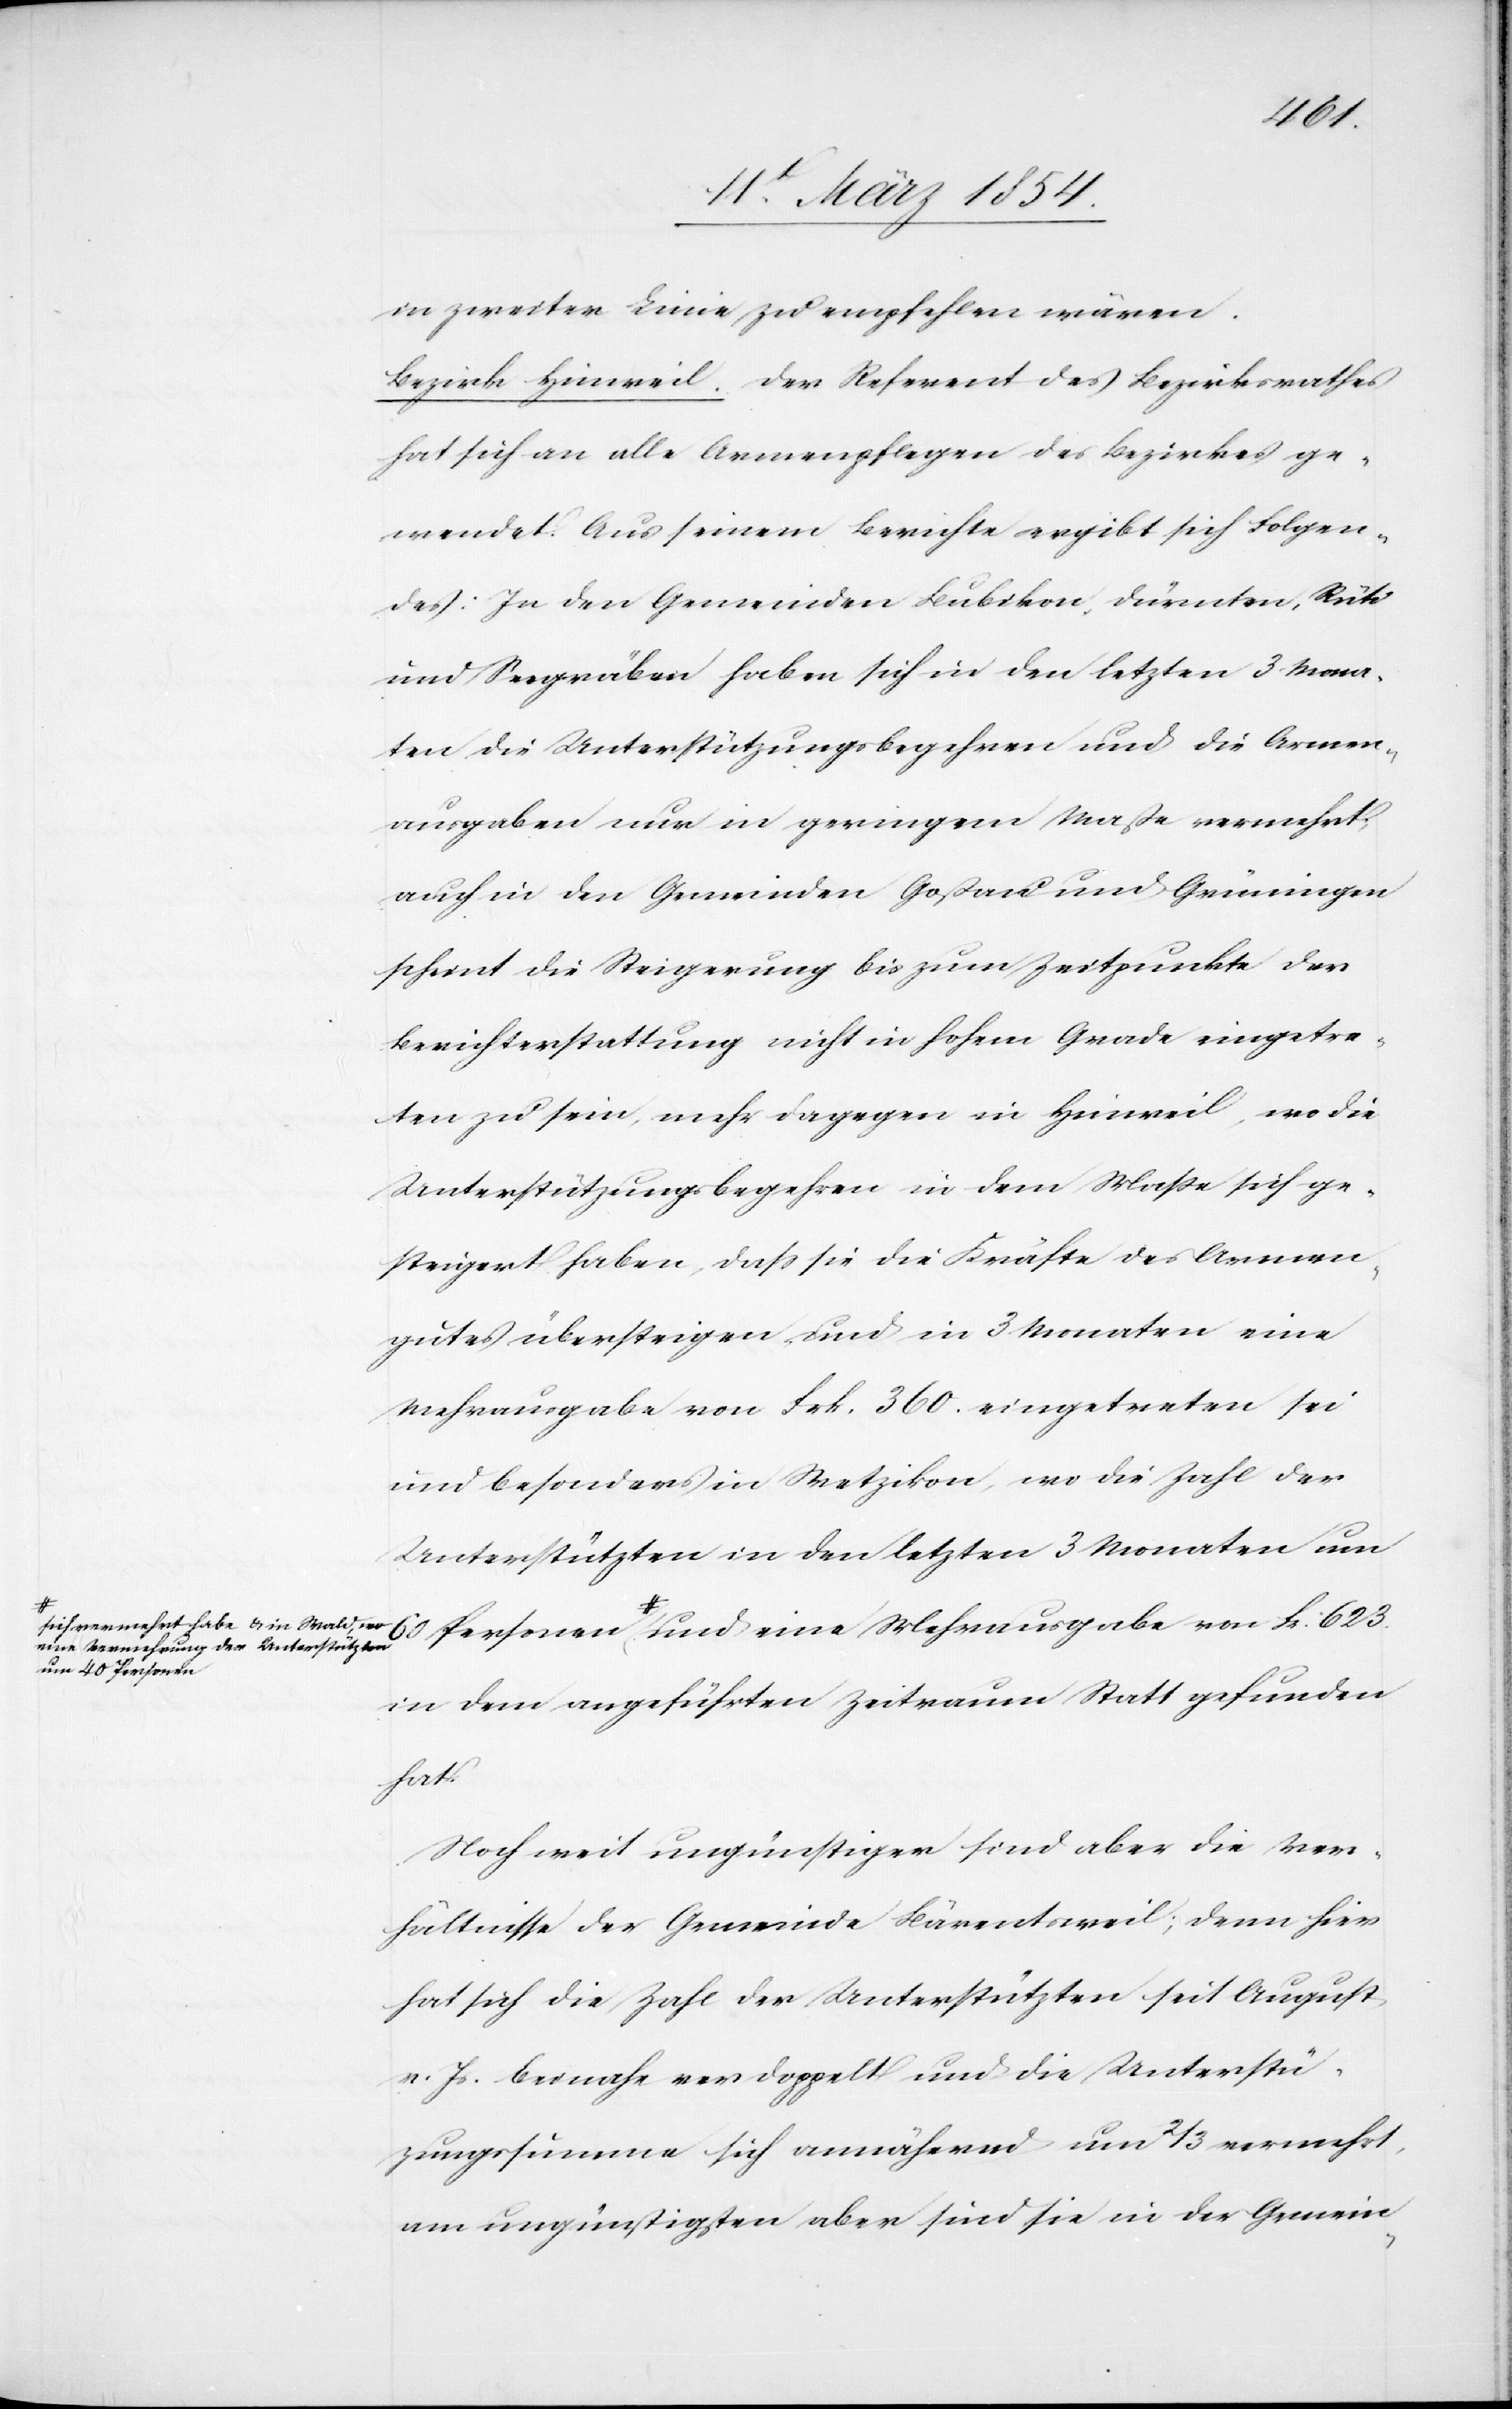
ich vermehrt habe & in Wald, wo
eine Vermehrung der Unterstützten
m 60 Personen

a-s¬
in zweiter Linie zu empfehlen wären.
Bezirk Hinweil. Der Referent des Bezirksrathes
hat sich an alle Armenpflegen des Bezirkes ge¬
wendet. Aus seinem Berichte ergibt sich Folgen¬
des: In den Gemeinden Bubikon, Dürnten, Rüti
und Seegräben haben sich in den letzten 3 Mona¬
ten die Unterstützungsbegehren und die Armen¬
ausgaben nur in geringem Maße vermehrt;
auch in den Gemeinden Goßau und Grüningen
scheint die Steigerung bis zum Zeitpunkte der
Berichterstattung nicht in hohem Grade eingetre¬
ten zu sein, mehr dagegen in Hinweil, wo die
Unterstützungsbegehren in dem Maße sich ge¬
steigert haben, daß sie die Kräfte des Armen¬
gutes übersteigen, und in 3 Monaten eine
Mehrausgabe von Frk. 360. eingetreten sei
und besonders in Wetzikon, wo die Zahl der
Unterstützten in den letzten 3 Monaten u¬
40 Personen-a und eine Mehrausgabe von Frk. 623.
in dem angeführten Zeitraum Statt gefunden
hat.
Noch weit ungünstiger sind aber die Ver¬
hältnisse der Gemeinde Bärentsweil; denn hier
hat sich die Zahl der Unterstützten seit August
v. Js beinahe verdoppelt und die Unterstüt¬
zungssumme sich annähernd um 2/3 vermehrt,
am ungünstigsten aber sind sie in der Gemein-